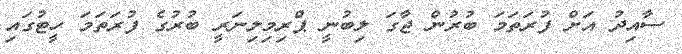
ސާއިދު އަށް ފުރަތަމަ ބުރުން ޖާގަ ލިބުނީ ޕްރިމިލިނަރީ ބުރުގެ ފުރަތަމަ ހީޓުގައި